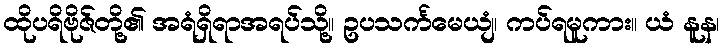
ထိုပရိဗိုဇ်တို့၏ အရံရှိရာအရပ်သို့။ ဥပသင်္ကမေယျံ၊ ကပ်ရမူကား။ ယံ နူန၊